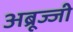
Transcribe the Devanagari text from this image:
अब्रूज्जी